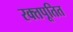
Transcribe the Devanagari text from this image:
रक्तपूतित